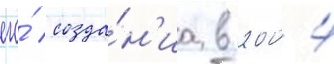
его́ созда́н'иа в 2004